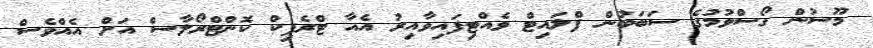
މޫސުން ގޯސްވުމުގެ ސަބަބުން ފްލައިޓް ވެއްޓިފައިވާއިރު އެއާ ޓްރެފިކް ކޮންޓްރޯލާސް އަށް އެއްވެސް